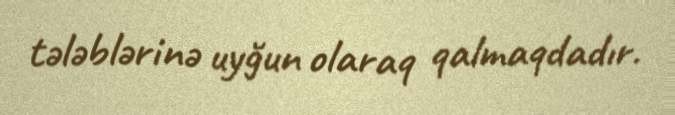
tələblərinə uyğun olaraq qalmaqdadır.